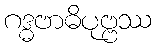
ဂဒ္ဓဗာဓိပုဗ္ဗဿ